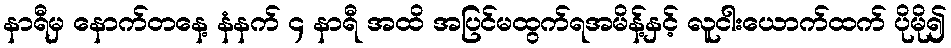
နာရီမှ နောက်တနေ့ နံနက် ၄ နာရီ အထိ အပြင်မထွက်ရအမိန့်နှင့် လူငါးယောက်ထက် ပိုမို၍